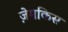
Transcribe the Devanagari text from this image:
ज़ेमकिस